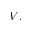
V .